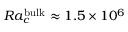
R a _ { c } ^ { \mathrm { \tiny { b u l k } } } \approx 1 . 5 \times 1 0 ^ { 6 }